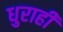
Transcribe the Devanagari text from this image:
धुराही